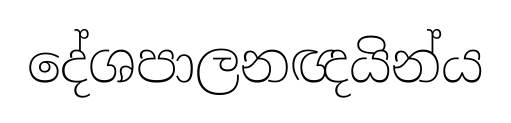
දේශපාලනඥයින්ය